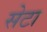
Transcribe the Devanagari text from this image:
सेटा